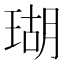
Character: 瑚